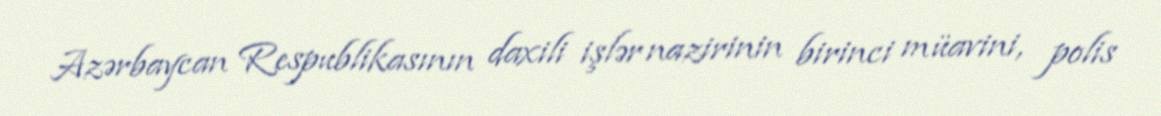
Azərbaycan Respublikasının daxili işlər nazirinin birinci müavini, polis